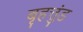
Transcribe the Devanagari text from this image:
बृहत्तुंड